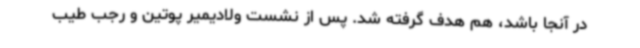
در آنجا باشد، هم هدف گرفته شد. پس از نشست ولادیمیر پوتین و رجب طیب